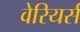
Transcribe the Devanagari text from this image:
वेरियर्स